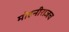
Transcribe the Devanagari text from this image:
मोहनीराजच